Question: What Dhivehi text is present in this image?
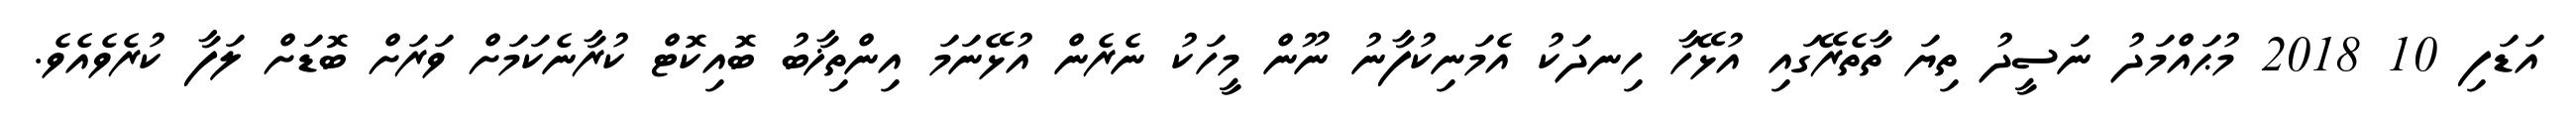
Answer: އަޑަފި 10 2018 މުޙައްމަދު ނަސީދު ތިޔަ ތާތެރޭގައި އުޅޭހާ ހިނދަކު އެމަނިކުފާނު ނޫން މީހަކު ނެރެން އުޅޭނަމަ އިންތިޚާބު ބޮއިކޮޓް ކުރާނެކަމަށް ވަރަށް ބޮޑަށް ލަފާ ކުރެވެއެވެ.